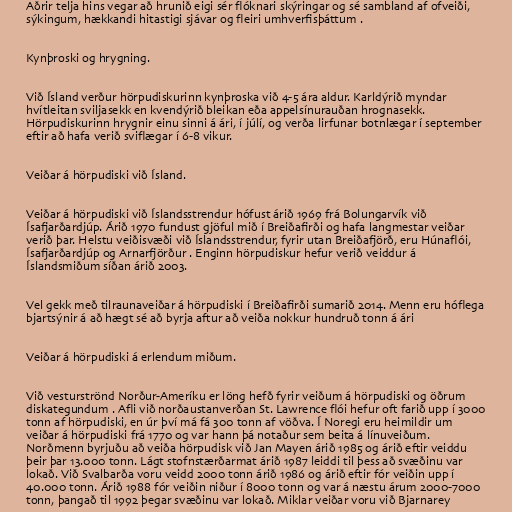
Aðrir telja hins vegar að hrunið eigi sér flóknari skýringar og sé sambland af ofveiði,
sýkingum, hækkandi hitastigi sjávar og fleiri umhverfisþáttum .

Kynþroski og hrygning.

Við Ísland verður hörpudiskurinn kynþroska við 4-5 ára aldur. Karldýrið myndar
hvítleitan sviljasekk en kvendýrið bleikan eða appelsínurauðan hrognasekk.
Hörpudiskurinn hrygnir einu sinni á ári, í júlí, og verða lirfunar botnlægar í september
eftir að hafa verið sviflægar í 6-8 vikur.

Veiðar á hörpudiski við Ísland.

Veiðar á hörpudiski við Íslandsstrendur hófust árið 1969 frá Bolungarvík við
Ísafjarðardjúp. Árið 1970 fundust gjöful mið í Breiðafirði og hafa langmestar veiðar
verið þar. Helstu veiðisvæði við Íslandsstrendur, fyrir utan Breiðafjörð, eru Húnaflói,
Ísafjarðardjúp og Arnarfjörður . Enginn hörpudiskur hefur verið veiddur á
Íslandsmiðum síðan árið 2003.

Vel gekk með tilraunaveiðar á hörpudiski í Breiðafirði sumarið 2014. Menn eru hóflega
bjartsýnir á að hægt sé að byrja aftur að veiða nokkur hundruð tonn á ári

Veiðar á hörpudiski á erlendum miðum.

Við vesturströnd Norður-Ameríku er löng hefð fyrir veiðum á hörpudiski og öðrum
diskategundum . Afli við norðaustanverðan St. Lawrence flói hefur oft farið upp í 3000
tonn af hörpudiski, en úr því má fá 300 tonn af vöðva. Í Noregi eru heimildir um
veiðar á hörpudiski frá 1770 og var hann þá notaður sem beita á línuveiðum.
Norðmenn byrjuðu að veiða hörpudisk við Jan Mayen árið 1985 og árið eftir veiddu
þeir þar 13.000 tonn. Lágt stofnstærðarmat árið 1987 leiddi til þess að svæðinu var
lokað. Við Svalbarða voru veidd 2000 tonn árið 1986 og árið eftir fór veiðin upp í
40.000 tonn. Árið 1988 fór veiðin niður í 8000 tonn og var á næstu árum 2000-7000
tonn, þangað til 1992 þegar svæðinu var lokað. Miklar veiðar voru við Bjarnarey